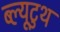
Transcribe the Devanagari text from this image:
ब्ल्यूटुथ